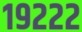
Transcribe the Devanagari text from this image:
१९२२२